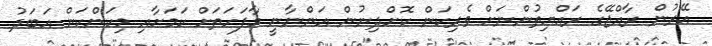
އޭރުން ރާއްޖޭގެ ރައްޔިތުންނަށް ވެރިކަން ކޮށްދިނުން އަންނާނީ މާފަހަތަށް ކަމަށާއި މިކަންކަން އަބަދު